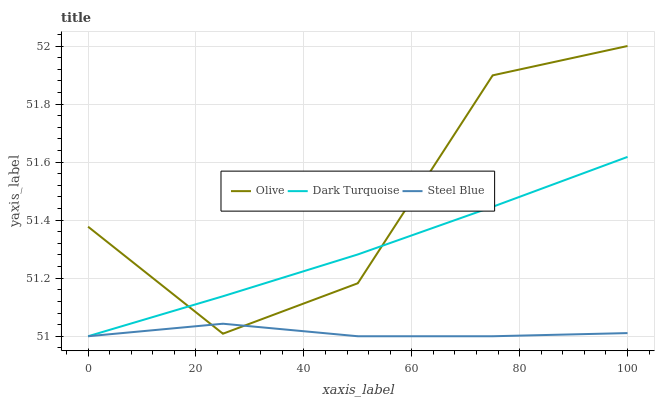
| xaxis_label | Olive | Dark Turquoise | Steel Blue |
 | --- | --- | --- | --- |
 | 0 | 51.4 | 51 | 51 |
 | 25 | 51 | 51.1 | 51 |
 | 50 | 51.2 | 51.3 | 51 |
 | 75 | 51.9 | 51.4 | 51 |
 | 100 | 52 | 51.6 | 51 |